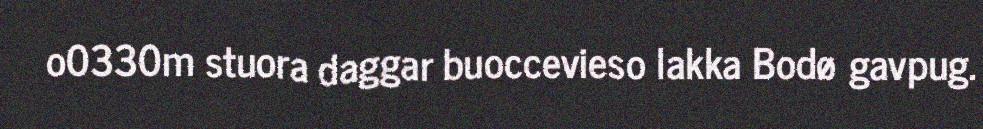
o0330m stuora daggar buoccevieso lakka Bodø gavpug.